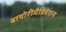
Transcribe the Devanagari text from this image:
बायोरीमैडियेशन